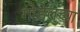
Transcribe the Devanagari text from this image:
गोडेलच्या